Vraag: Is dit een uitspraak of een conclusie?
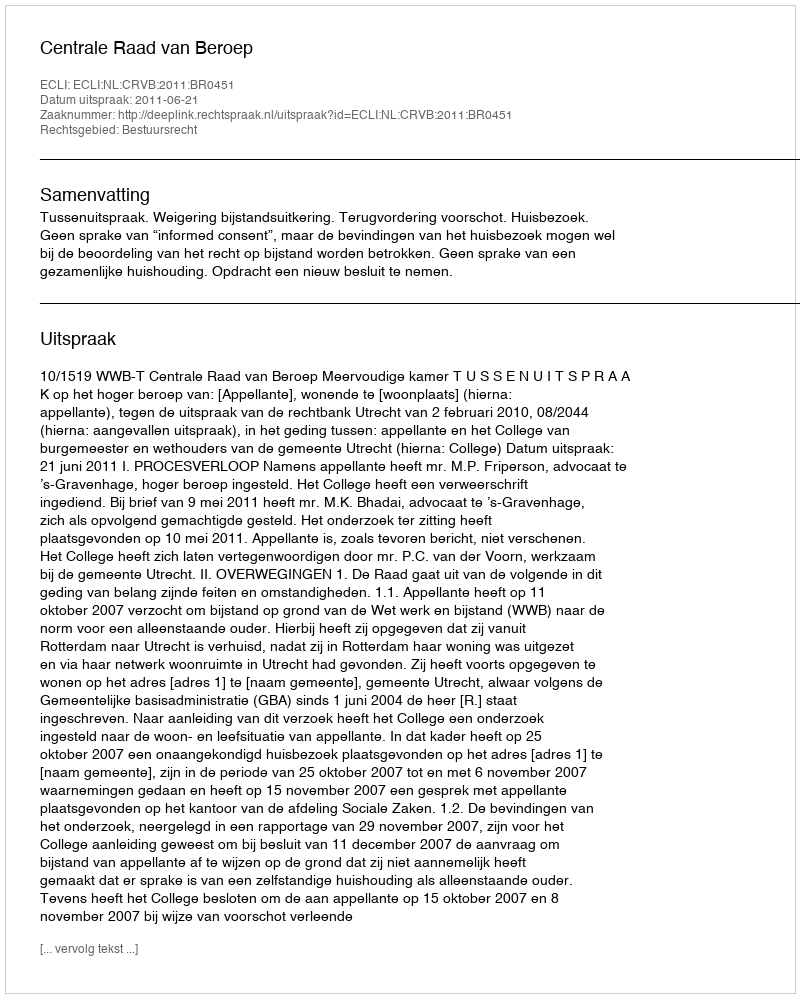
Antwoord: Uitspraak